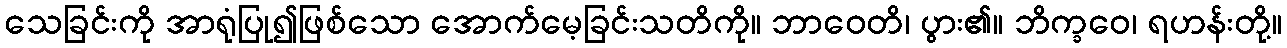
သေခြင်းကို အာရုံပြု၍ဖြစ်သော အောက်မေ့ခြင်းသတိကို။ ဘာဝေတိ၊ ပွား၏။ ဘိက္ခဝေ၊ ရဟန်းတို့။